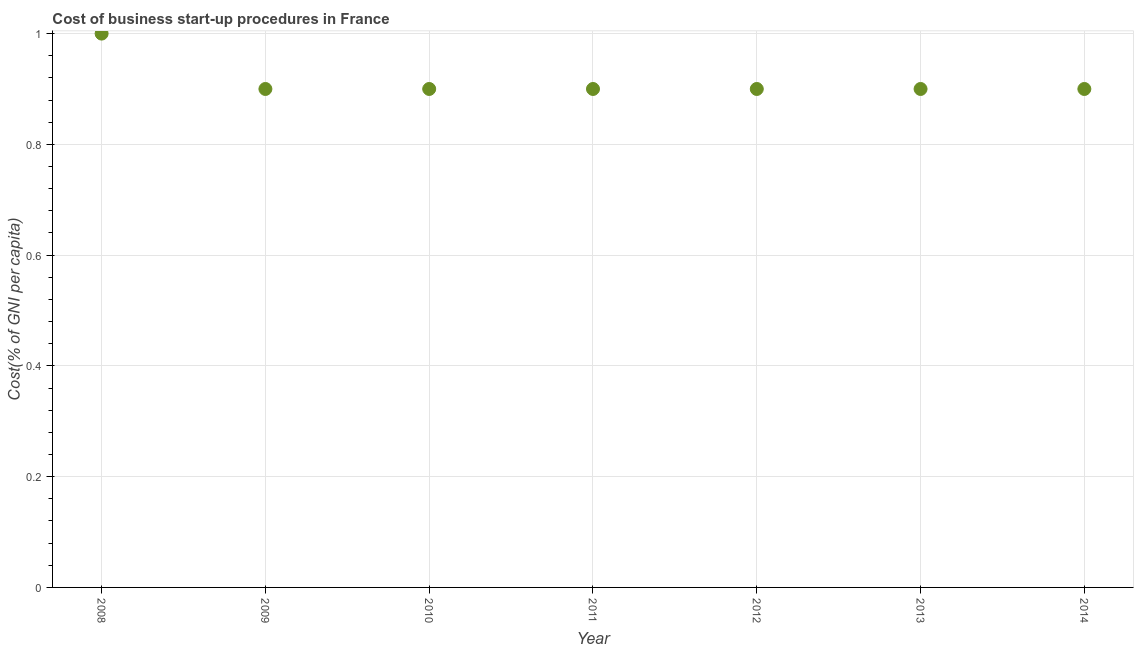
| Year | Cost |
 | --- | --- |
 | 2008 | 1 |
 | 2009 | 0.9 |
 | 2010 | 0.9 |
 | 2011 | 0.9 |
 | 2012 | 0.9 |
 | 2013 | 0.9 |
 | 2014 | 0.9 |